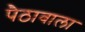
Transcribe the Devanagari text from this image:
पैठावाला